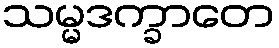
သမ္မဒက္ခာတေ